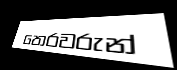
තෙරවරුන්